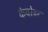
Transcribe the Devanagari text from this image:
कंबरेवर